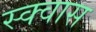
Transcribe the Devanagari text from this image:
स्क्वास